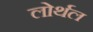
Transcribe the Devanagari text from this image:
लोर्थल